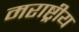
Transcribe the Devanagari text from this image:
मराष्ट्रीय